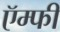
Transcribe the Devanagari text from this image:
ऍम्‍फी